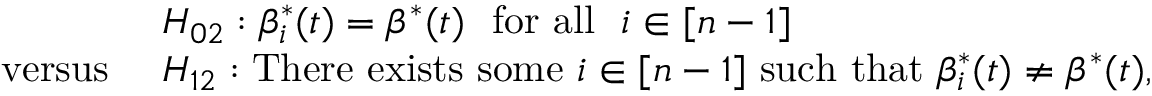
\begin{array} { r l } & { H _ { 0 2 } : \beta _ { i } ^ { * } ( t ) = \beta ^ { * } ( t ) ~ ~ \mathrm { f o r ~ a l l } ~ ~ i \in [ n - 1 ] } \\ { \mathrm { ~ v e r s u s ~ } } & { H _ { 1 2 } : \mathrm { T h e r e ~ e x i s t s ~ s o m e } \ i \in [ n - 1 ] \ \mathrm { s u c h ~ t h a t } \ \beta _ { i } ^ { * } ( t ) \neq \beta ^ { * } ( t ) , } \end{array}